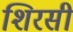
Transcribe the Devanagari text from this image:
शिरसी